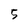
Character: 5